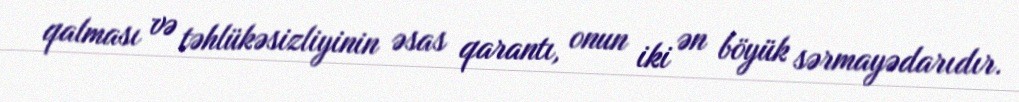
qalması və təhlükəsizliyinin əsas qarantı, onun iki ən böyük sərmayədarıdır.